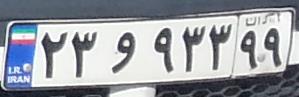
۲۳و۹۳۳۹۹